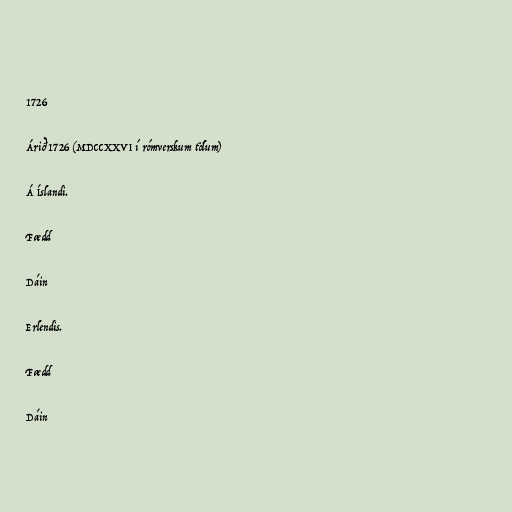
1726

Árið 1726 (MDCCXXVI í rómverskum tölum)

Á Íslandi.

Fædd

Dáin

Erlendis.

Fædd

Dáin